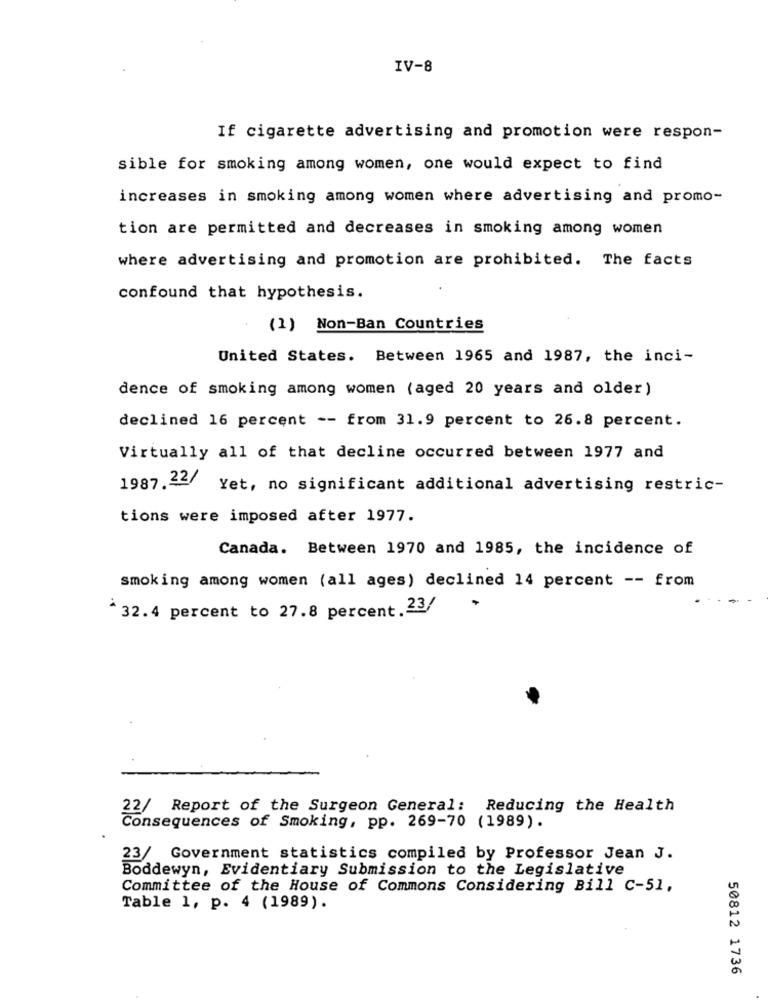
IV-8
If cigarette advertising and promotion were respon-
sible for smoking among women, one would expect to find
increases in smoking among women where advertising and promo-
tion are permitted and decreases in smoking among women
where advertising and promotion are prohibited. The facts
confound that hypothesis.
(1) Non-Ban Countries
United States. Between 1965 and 1987, the inci-
dence of smoking among women (aged 20 years and older)
declined 16 percent -- from 31.9 percent to 26.8 percent.
Virtually all of that decline occurred between 1977 and
1987.22/ Yet, no significant additional advertising restric-
tions were imposed after 1977.
Canada. Between 1970 and 1985, the incidence of
smoking among women (all ages) declined 14 percent -- from
* 32.4 percent to 27.8 percent.23/
22/ Report of the Surgeon General: Reducing the Health
Consequences of Smoking, pp. 269-70 (1989).
23/ Government statistics compiled by Professor Jean J.
Boddewyn, Evidentiary Submission to the Legislative
Committee of the House of Commons Considering Bill C-51,
Table 1, p. 4 (1989).
50812 1736